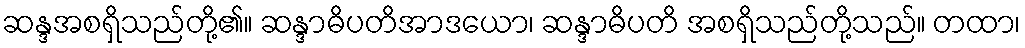
ဆန္ဒအစရှိသည်တို့၏။ ဆန္ဒာဓိပတိအာဒယော၊ ဆန္ဒာဓိပတိ အစရှိသည်တို့သည်။ တထာ၊